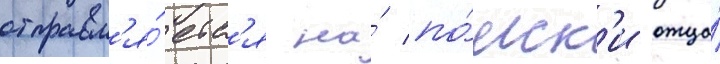
отправл'я́етс'я на́ по́иск'и отца́